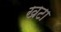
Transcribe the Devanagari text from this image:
खटा